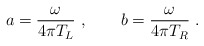
\begin{align*}a = {\omega\over 4\pi T_L}\ , \qquad b = {\omega\over 4\pi T_R}\ .\end{align*}